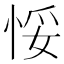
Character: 𢚶